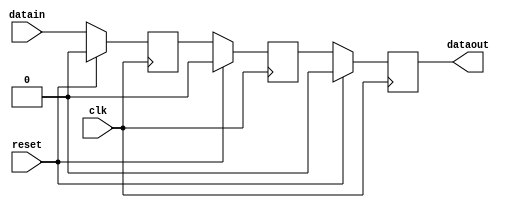
//------------------------------------------------------------------------------
// Title      : CDC Sync Block
// Project    : Tri-Mode Ethernet MAC
//------------------------------------------------------------------------------
//------------------------------------------------------------------------------
// Description: Used on signals crossing from one clock domain to another, this
//              is a multiple flip-flop pipeline, with all flops placed together
//              into the same slice.  Thus the routing delay between the two is
//              minimum to safe-guard against metastability issues.
// -----------------------------------------------------------------------------
// (c) Copyright 2001-2013 Xilinx, Inc. All rights reserved.
//
// This file contains confidential and proprietary information
// of Xilinx, Inc. and is protected under U.S. and
// international copyright and other intellectual property
// laws.
//
// DISCLAIMER
// This disclaimer is not a license and does not grant any
// rights to the materials distributed herewith. Except as
// otherwise provided in a valid license issued to you by
// Xilinx, and to the maximum extent permitted by applicable
// law: (1) THESE MATERIALS ARE MADE AVAILABLE "AS IS" AND
// WITH ALL FAULTS, AND XILINX HEREBY DISCLAIMS ALL WARRANTIES
// AND CONDITIONS, EXPRESS, IMPLIED, OR STATUTORY, INCLUDING
// BUT NOT LIMITED TO WARRANTIES OF MERCHANTABILITY, NON-
// INFRINGEMENT, OR FITNESS FOR ANY PARTICULAR PURPOSE; and
// (2) Xilinx shall not be liable (whether in contract or tort,
// including negligence, or under any other theory of
// liability) for any loss or damage of any kind or nature
// related to, arising under or in connection with these
// materials, including for any direct, or any indirect,
// special, incidental, or consequential loss or damage
// (including loss of data, profits, goodwill, or any type of
// loss or damage suffered as a result of any action brought
// by a third party) even if such damage or loss was
// reasonably foreseeable or Xilinx had been advised of the
// possibility of the same.
//
// CRITICAL APPLICATIONS
// Xilinx products are not designed or intended to be fail-
// safe, or for use in any application requiring fail-safe
// performance, such as life-support or safety devices or
// systems, Class III medical devices, nuclear facilities,
// applications related to the deployment of airbags, or any
// other applications that could lead to death, personal
// injury, or severe property or environmental damage
// (individually and collectively, "Critical
// Applications"). Customer assumes the sole risk and
// liability of any use of Xilinx products in Critical
// Applications, subject only to applicable laws and
// regulations governing limitations on product liability.
//
// THIS COPYRIGHT NOTICE AND DISCLAIMER MUST BE RETAINED AS
// PART OF THIS FILE AT ALL TIMES.
// -----------------------------------------------------------------------------

`timescale 1ps / 1ps

(* dont_touch = "yes" *)
module tri_mode_ethernet_mac_0_syncer_level
#(
  parameter WIDTH       = 1,
  parameter RESET_VALUE = 1'b0
 )
(
  input  wire clk,
  input  wire reset,

  input  wire [WIDTH-1:0] datain,
  output wire [WIDTH-1:0] dataout
);

  (* ASYNC_REG = "TRUE" *) reg  [WIDTH-1:0] dataout_reg;
  reg  [WIDTH-1:0] meta_nxt;
  wire [WIDTH-1:0] dataout_nxt;

  (* ASYNC_REG = "TRUE" *) reg  [WIDTH-1:0] meta;
  (* ASYNC_REG = "TRUE" *) reg  [WIDTH-1:0] meta2;
  always @*
    begin
      meta_nxt = datain;
    end

  always @( posedge clk )
    begin
      if ( reset == 1'b1 )
        begin
          meta  <= {WIDTH{RESET_VALUE}};
          meta2 <= {WIDTH{RESET_VALUE}};
        end
      else
        begin
          meta  <= meta_nxt;
          meta2 <= meta;
        end
    end

  assign dataout_nxt = meta2;

  always @( posedge clk )
    begin
      if ( reset == 1'b1 )
        begin
          dataout_reg <= {WIDTH{RESET_VALUE}};
        end
      else
        begin
          dataout_reg <= dataout_nxt;
        end
    end

  assign dataout = dataout_reg;

endmodule // syncer_level